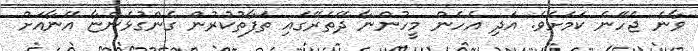
ވާނެ ޖެހޭނެ ކަމަށެވެ. އަދި އެހެން މީހުންނާ ދޭތެރޭގައި ތަފާތުކުރުން ގެންގުޅެންޏާ އޭނާއަށް